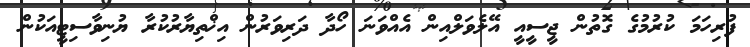
ފުރިހަމަ ކުރުމުގެ ގޮތުން ޖީސީއީ އޭލެވަލްއިން އެއްވަނަ ހޯދާ ދަރިވަރުން އިޚްތިޔާރުކުރާ ޔުނިވާސިޓީއަކުން